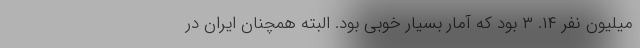
میلیون نفر ۱۴. ۳ بود که آمار بسیار خوبی بود. البته همچنان ایران در